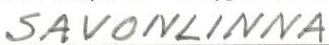
SAVONLINNA